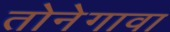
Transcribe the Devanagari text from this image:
तोनेगावा